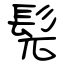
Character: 髡